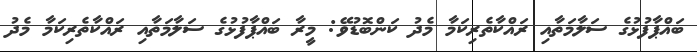
ބައްޕާފުޅުގެ ސަލާމަތާއި ރައްކާތެރިކަމާ މެދު ކަންބޮޑުވޭ: މީރާ ބައްޕާފުޅުގެ ސަލާމަތާއި ރައްކާތެރިކަމާ މެދު